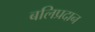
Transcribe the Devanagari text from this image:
बलिप्रदान